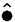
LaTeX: \hat{\bullet}